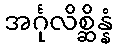
အင်္ဂုလိစ္ဆိန္နံ